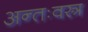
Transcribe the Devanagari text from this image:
अन्तःवस्त्र